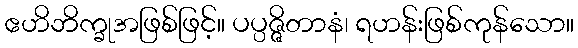
ဧဟိဘိက္ခုအဖြစ်ဖြင့်။ ပပ္ပဇ္ဇိတာနံ၊ ရဟန်းဖြစ်ကုန်သော။